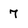
Character: 7